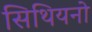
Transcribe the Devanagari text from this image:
सिथियनो